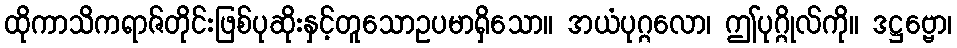
ထိုကာသိကရာဇ်တိုင်းဖြစ်ပုဆိုးနှင့်တူသောဥပမာရှိသော။ အယံပုဂ္ဂလော၊ ဤပုဂ္ဂိုလ်ကို။ ဒဋ္ဌဗ္ဗော၊